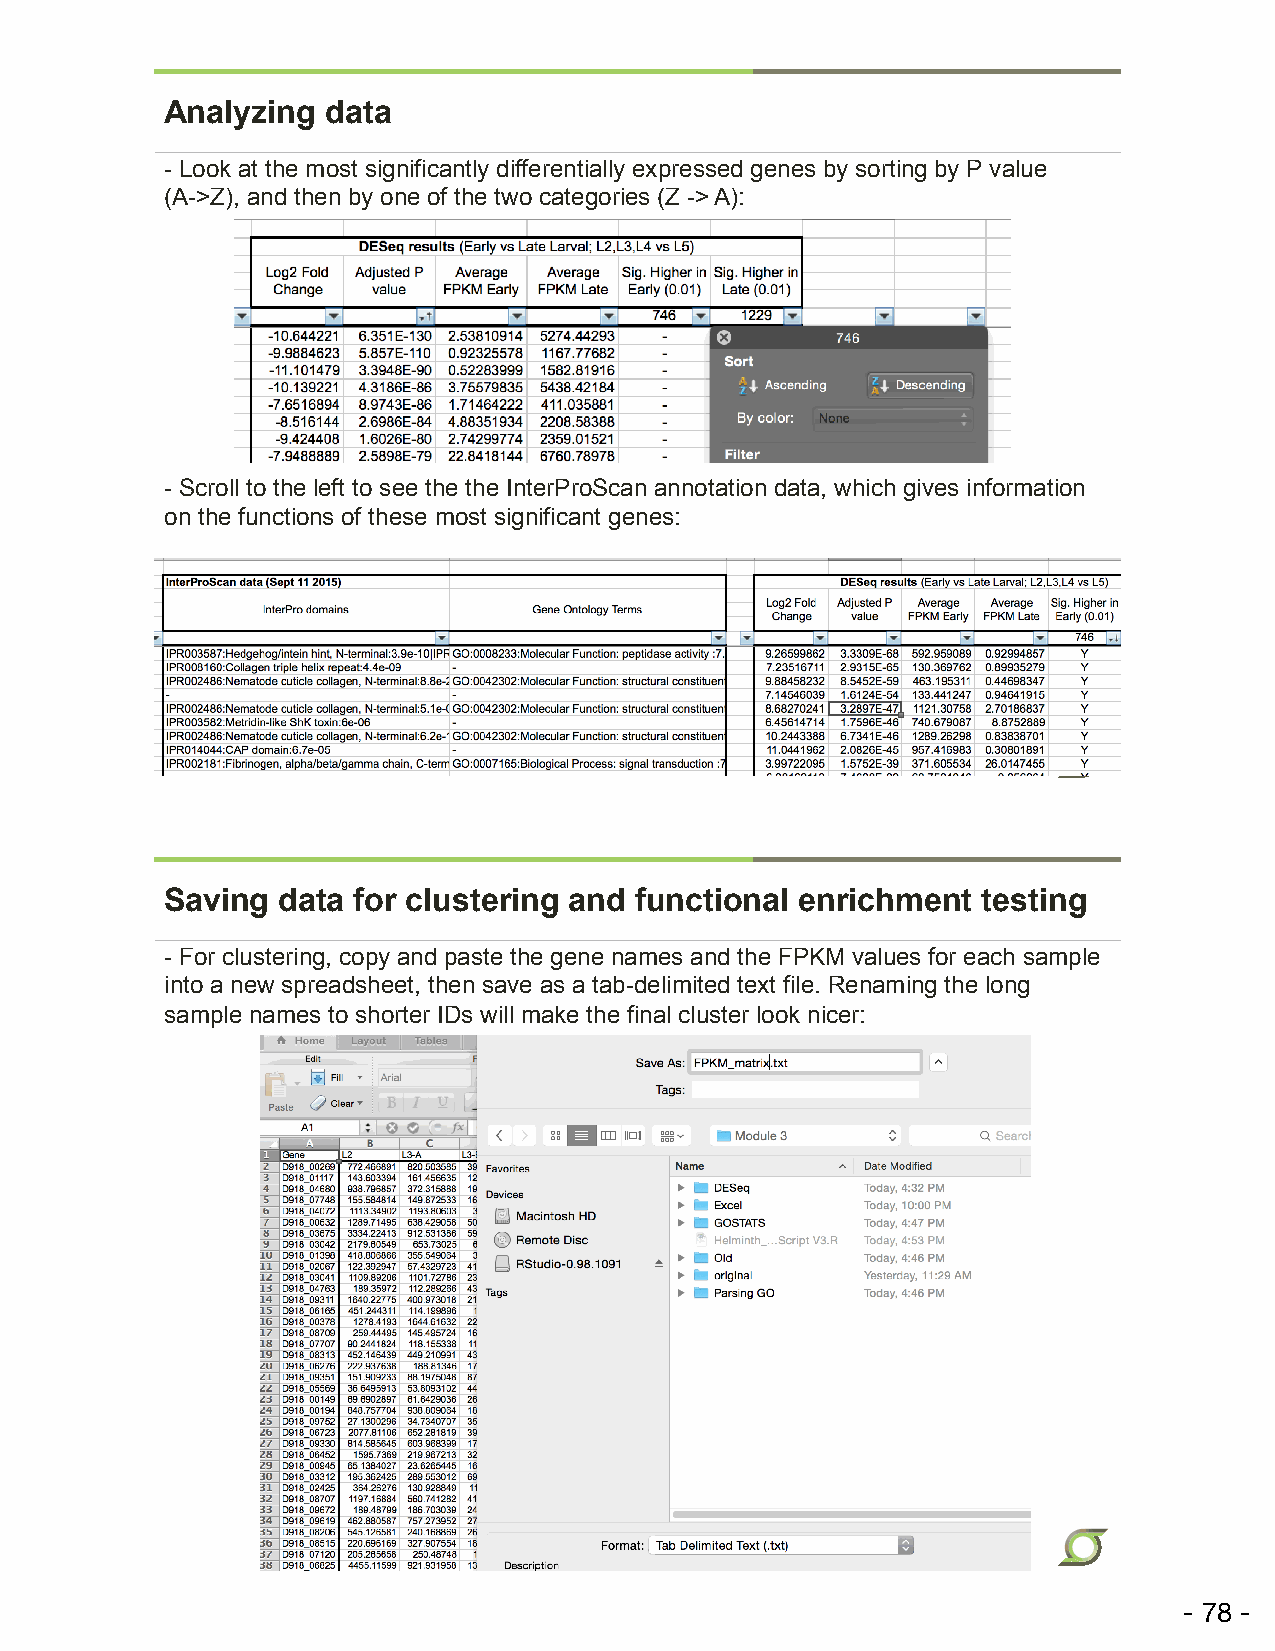
Analyzing  data
 - Look at the most significantly differentially expressed genes by sorting by P value
 (A->Z), and then by one of the two categories (Z -> A):
 - Scroll to the left to see the the InterProScan annotation data, which gives information
 on the functions of these most significant genes:
 Saving data for clustering and functional enrichment  testing
 - For clustering, copy and paste the gene names and the FPKM values for each sample
 into a new spreadsheet, then save as a tab-delimited text file. Renaming the long
 sample names to shorter IDs will make the final cluster look nicer: